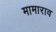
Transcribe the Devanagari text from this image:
मामाराव